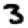
Digit: 3